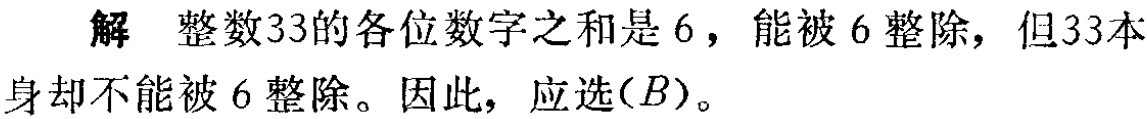
解 整数33的各位数字之和是 6，能被 6 整除，但33本身却不能被 6 整除。因此，应选$(B)$。